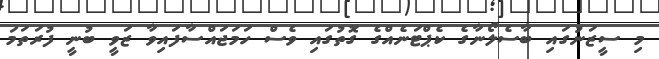
މި ސީޒަނުގައި ބާސެލޯނާގެ ކެޕްޓަނެއްގެ ގޮތުގައި ވެސް ހަމަޖައްސާފައިވާ ޒަވީ ބުނީ ފުރަަތަމަ